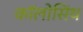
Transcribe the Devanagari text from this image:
कॉलोसिंथ